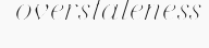
overstaleness